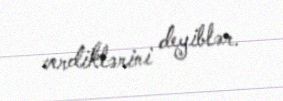
verdiklərini deyiblər.